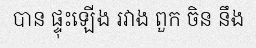
បាន ផ្ទុះឡើង រវាង ពួក ចិន នឹង